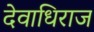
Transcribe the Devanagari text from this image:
देवाधिराज